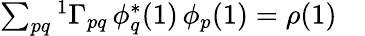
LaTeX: \begin{array}{r}{\sum_{pq}{^{1}\Gamma}_{pq}\, \phi_{q}^{*}(1)\, \phi_{p}(1)=\rho(1)\quad}\end{array}